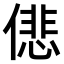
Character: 𠎩